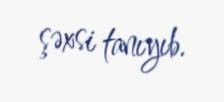
şəxsi tanıyıb.